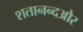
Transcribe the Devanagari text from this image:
शतानन्दऔर